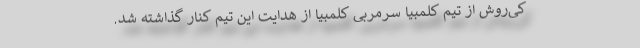
کی‌روش از تیم کلمبیا سرمربی کلمبیا از هدایت این تیم کنار گذاشته شد.